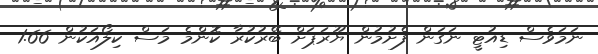
ނަމަވެސް ޑިއުޓީ ނަގަން ފެށުމުން ޔޫރަޕަށް ބޭރުކުރާ ކޮންމެ މަސް ކިލޯއަކުން 1.66